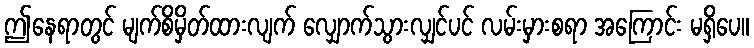
ဤနေရာတွင် မျက်စိမှိတ်ထားလျက် လျှောက်သွားလျှင်ပင် လမ်းမှားစရာ အကြောင်း မရှိပေ။